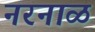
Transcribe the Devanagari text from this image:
नरनाळ